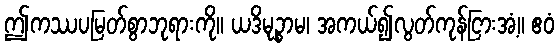
ဤကဿပမြတ်စွာဘုရားကို။ ယဒိမုဉ္စာမ၊ အကယ်၍လွတ်ကုန်ငြားအံ့။ ဧဝံ